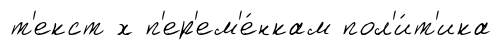
т'екст х п'ер'ем'е́нкам пол'и́т'ика